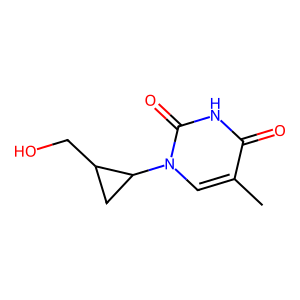
SMILES: Cc1cn(C2CC2CO)c(=O)[nH]c1=O
Inhibits HIV replication: No